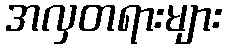
အလှတရားများ